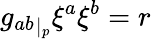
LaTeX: {g_{ab}}_{|_{p}}\xi^{a}\xi^{b}=r